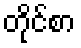
တိုင်စာ